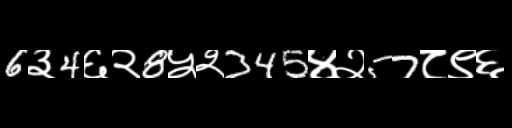
Text: 6३4६२8५२345४२57८९६